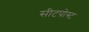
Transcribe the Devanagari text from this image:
सीटपोस्ट